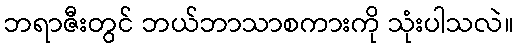
ဘရာဇီးတွင် ဘယ်ဘာသာစကားကို သုံးပါသလဲ။